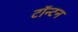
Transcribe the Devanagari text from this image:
टॉन्टन